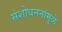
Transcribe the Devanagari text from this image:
संशोधननांमुळे